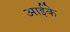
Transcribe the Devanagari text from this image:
आईके